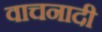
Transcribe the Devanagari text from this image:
वाचनादी